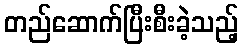
တည်ဆောက်ပြီးစီးခဲ့သည့်